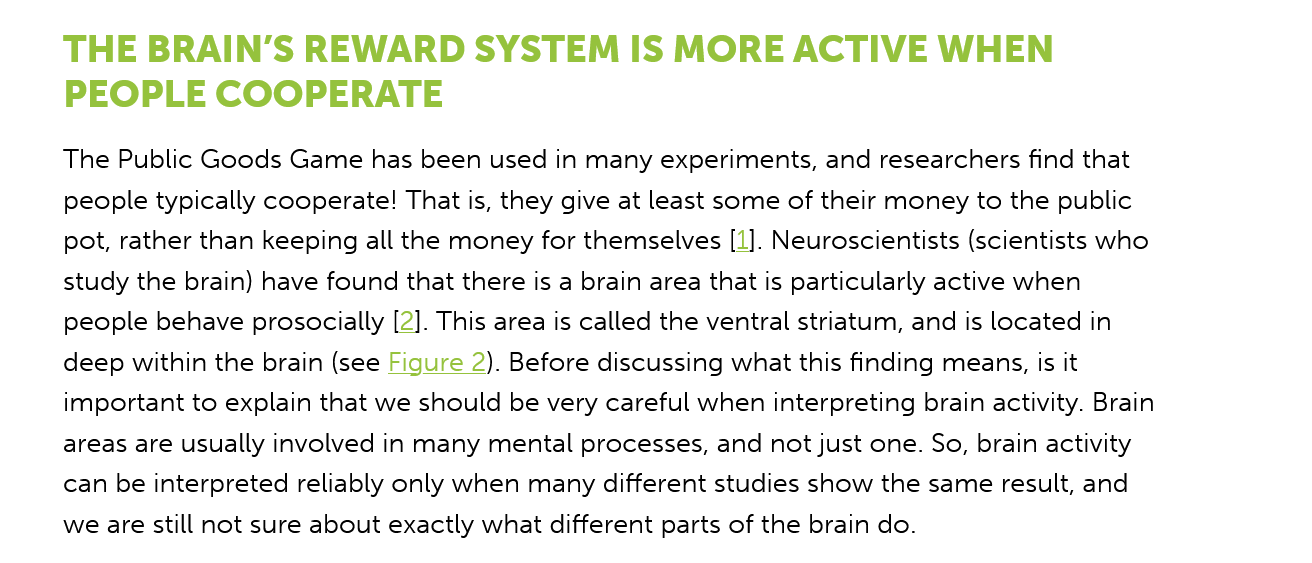
THE   BRAIN’S    REWARD    SYSTEM    IS MORE    ACTIVE    WHEN
     PEOPLE    COOPERATE
     The Public Goods Game has been used in many experiments, and researchers find that
     people typically cooperate! That is, they give at least some of their money to the public
     pot, rather than keeping all the money for themselves [1]. Neuroscientists (scientists who
     study the brain) have found that there is a brain area that is particularly active when
     people behave prosocially [2]. This area is called the ventral striatum, and is located in
     deep within the brain (see Figure 2). Before discussing what this finding means, is it
     important to explain that we should be very careful when interpreting brain activity. Brain
     areas are usually involved in many mental processes, and not just one. So, brain activity
     can be interpreted reliably only when many different studies show the same result, and
     we are still not sure about exactly what different parts of the brain do.